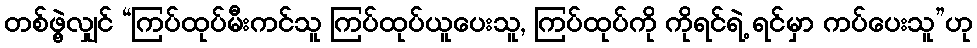
တစ်ဖွဲ့လျှင် “ကြပ်ထုပ်မီးကင်သူ ကြပ်ထုပ်ယူပေးသူ, ကြပ်ထုပ်ကို ကိုရင်ရဲ့ ရင်မှာ ကပ်ပေးသူ”ဟု